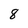
Character: 8